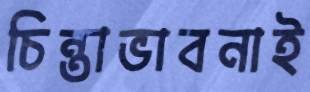
চিন্তাভাবনাই